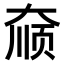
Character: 𫯮